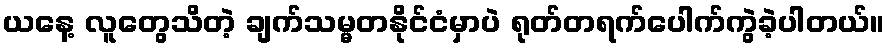
ယနေ့ လူတွေသိတဲ့ ချက်သမ္မတနိုင်ငံမှာပဲ ရုတ်တရက်ပေါက်ကွဲခဲ့ပါတယ်။